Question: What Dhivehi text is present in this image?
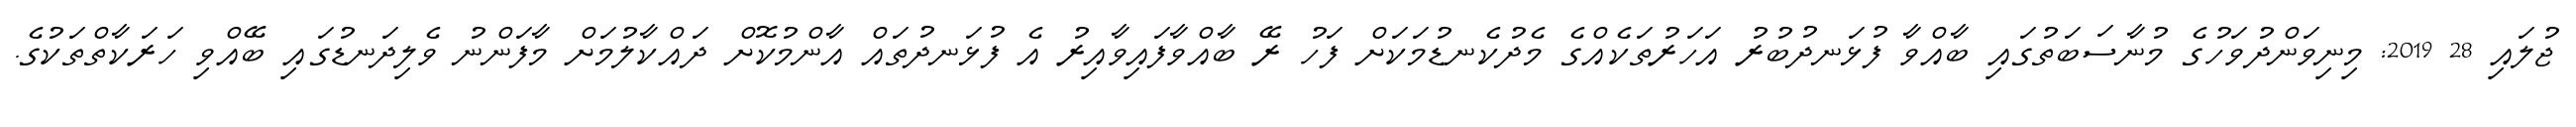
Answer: ޖުލައި 28 2019: މިނިވަންދުވަހުގެ މުނާސަބަތުގައި ބާއްވާ ފުޅަނދުބުރު އަހަރުތަކެއްގެ މެދުކެނޑުމަކަށް ފަހު ރޭ ބާއްވާފައިވާއިރު އެ ފުޅަނދުތައް އާންމުކޮށް ދައްކާލުމަށް މާފަންނު ވެލިދަނޑުގައި ބޭއްވި ހަރަކާތްތަކުގެ.